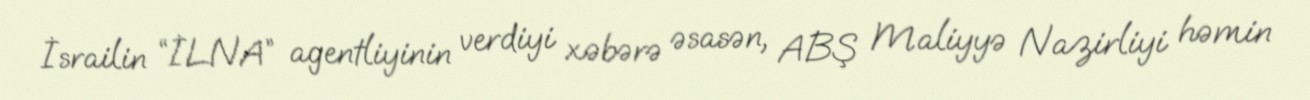
İsrailin “İLNA” agentliyinin verdiyi xəbərə əsasən, ABŞ Maliyyə Nazirliyi həmin